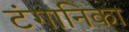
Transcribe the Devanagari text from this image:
टंगानिका